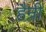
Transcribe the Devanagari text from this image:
हैन्री